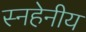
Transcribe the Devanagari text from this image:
स्नहेनीय